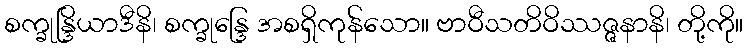
စက္ခုန္ဒြိယာဒီနိ၊ စက္ခုန္ဒြေ အစရှိကုန်သော။ ဗာဝီသတိဝိဿဇ္ဇနာနိ၊ တို့ကို။